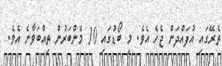
ތެރޭގައި އުފައްދަން ޖެހެ އެވެ. މި ބޯޑުގައި 10 މެންބަރުން ތިއްބަވާނެ އެވެ.